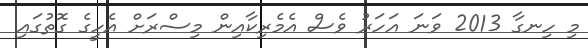
މި ހިނގާ 2013 ވަނަ އަހަރު ވެސް އެމެރިކާއިން މިސްރަށް އެހީގެ ގޮތުގައި